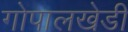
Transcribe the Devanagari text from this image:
गोपालखेडी